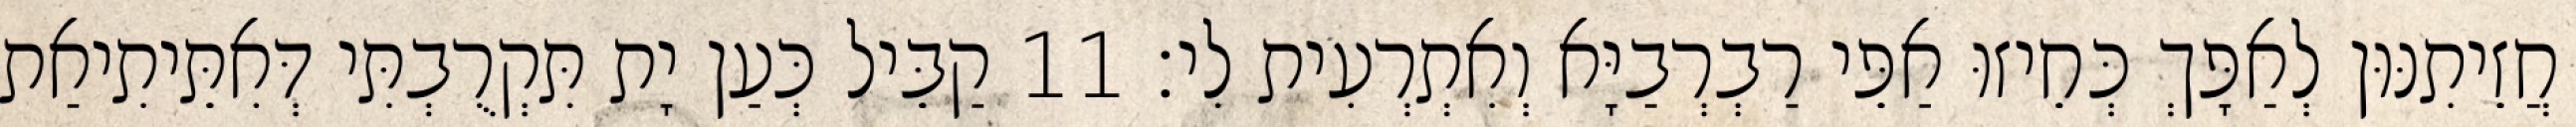
חֲזֵיתִנּוּן לְאַפָּךְ כְּחֵיזוּ אַפֵּי רַבְרְבַיָּא וְאִתְרְעִית לִי׃ 11 קַבֵּיל כְּעַן יָת תִּקְרֻבְתִּי דְּאִתֵּיתִיאַת